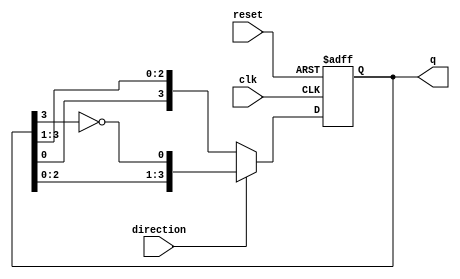
module bidirectional_johnson_counter (
    input wire clk,               // Clock input
    input wire reset,             // Asynchronous reset
    input wire direction,         // Direction control (1 for up, 0 for down)
    output reg [3:0] q            // 4-bit output representing the counter state
);

    // Internal signals
    wire feedback_up;             // Feedback for counting up
    wire feedback_down;           // Feedback for counting down

    // Feedback logic
    assign feedback_up = ~q[3];   // Feedback for counting up (inverted output of last flip-flop)
    assign feedback_down = q[0];   // Feedback for counting down (output of first flip-flop)

    always @(posedge clk or posedge reset) begin
        if (reset) begin
            q <= 4'b0000;          // Reset the counter to 0
        end else begin
            if (direction) begin
                // Counting up
                q <= {q[2:0], feedback_up}; // Shift left and insert feedback
            end else begin
                // Counting down
                q <= {feedback_down, q[3:1]}; // Shift right and insert feedback
            end
        end
    end

endmodule